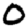
Digit: 0